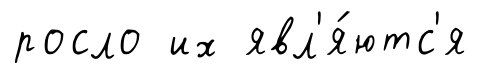
росло их явл'я́ютс'я